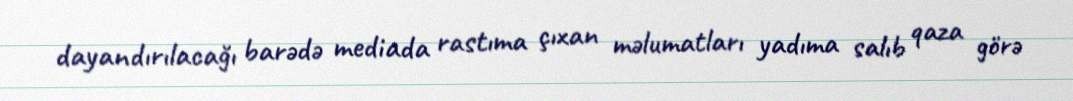
dayandırılacağı barədə mediada rastıma çıxan məlumatları yadıma salıb qaza görə